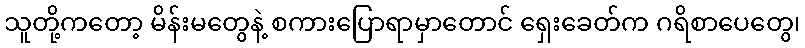
သူတို့ကတော့ မိန်းမတွေနဲ့ စကားပြောရာမှာတောင် ရှေးခေတ်က ဂရိစာပေတွေ၊